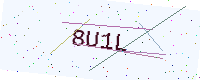
Text: 8U1L